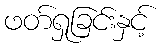
ဖတ်ရှုခြင်းနှင့်